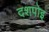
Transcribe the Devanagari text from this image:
दशपोइ